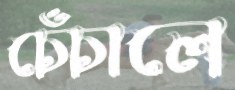
চেঁচালে